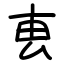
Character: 叀